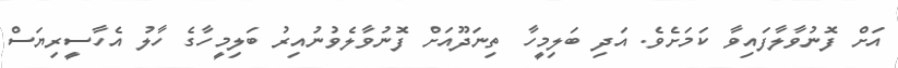
އަށް ފޮނުވާލާފައިވާ ކަމަށެވެ. އަދި ބަލިމީހާ ތިނަދޫއަށް ފޮނުވާލެވުނުއިރު ބަލިމީހާގެ ހާލު އެހާސީރިޔަސް